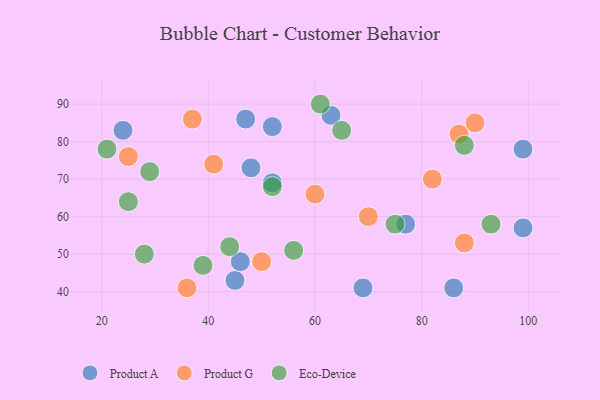
{"axis": {"x": "GDP", "y": "Life Expectancy"}, "legend": ["Eco-Device", "Product A", "Product G"], "data": [{"x": "24", "y": 83, "type": "Product A"}, {"x": "52", "y": 84, "type": "Product A"}, {"x": "47", "y": 86, "type": "Product A"}, {"x": "52", "y": 69, "type": "Product A"}, {"x": "63", "y": 87, "type": "Product A"}, {"x": "69", "y": 41, "type": "Product A"}, {"x": "99", "y": 57, "type": "Product A"}, {"x": "99", "y": 78, "type": "Product A"}, {"x": "77", "y": 58, "type": "Product A"}, {"x": "45", "y": 43, "type": "Product A"}, {"x": "46", "y": 48, "type": "Product A"}, {"x": "86", "y": 41, "type": "Product A"}, {"x": "48", "y": 73, "type": "Product A"}, {"x": "37", "y": 86, "type": "Product G"}, {"x": "41", "y": 74, "type": "Product G"}, {"x": "90", "y": 85, "type": "Product G"}, {"x": "25", "y": 76, "type": "Product G"}, {"x": "36", "y": 41, "type": "Product G"}, {"x": "60", "y": 66, "type": "Product G"}, {"x": "82", "y": 70, "type": "Product G"}, {"x": "87", "y": 82, "type": "Product G"}, {"x": "70", "y": 60, "type": "Product G"}, {"x": "88", "y": 53, "type": "Product G"}, {"x": "50", "y": 48, "type": "Product G"}, {"x": "56", "y": 51, "type": "Eco-Device"}, {"x": "39", "y": 47, "type": "Eco-Device"}, {"x": "88", "y": 79, "type": "Eco-Device"}, {"x": "25", "y": 64, "type": "Eco-Device"}, {"x": "29", "y": 72, "type": "Eco-Device"}, {"x": "75", "y": 58, "type": "Eco-Device"}, {"x": "28", "y": 50, "type": "Eco-Device"}, {"x": "61", "y": 90, "type": "Eco-Device"}, {"x": "44", "y": 52, "type": "Eco-Device"}, {"x": "52", "y": 68, "type": "Eco-Device"}, {"x": "21", "y": 78, "type": "Eco-Device"}, {"x": "93", "y": 58, "type": "Eco-Device"}, {"x": "65", "y": 83, "type": "Eco-Device"}]}